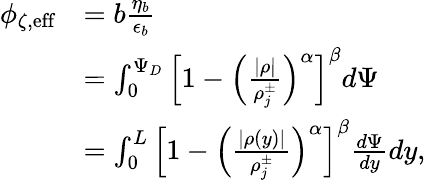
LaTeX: \begin{array}{rl}{\phi_{\zeta,\textrm{eff}}}&{=b\frac{\eta_{b}}{\epsilon_{b}}}\\ &{=\int_{0}^{\Psi_{D}}\left[1-\left(\frac{|\rho|}{\rho_{j}^{\pm}}\right)^{\alpha}\right]^{\beta}d\Psi}\\ &{=\int_{0}^{L}\left[1-\left(\frac{|\rho(y)|}{\rho_{j}^{\pm}}\right)^{\alpha}\right]^{\beta}\frac{d\Psi}{dy}dy,}\end{array}